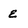
Character: q